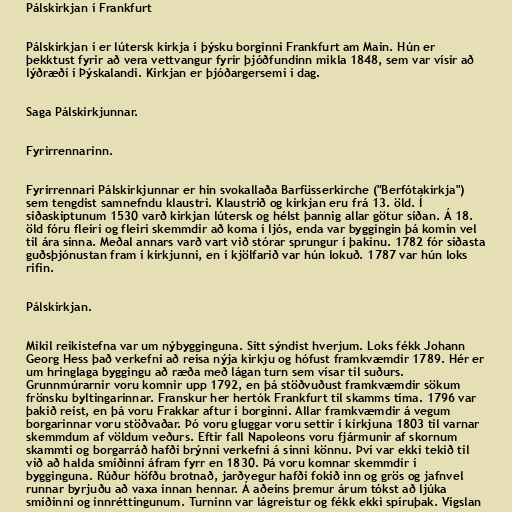
Pálskirkjan í Frankfurt

Pálskirkjan í er lútersk kirkja í þýsku borginni Frankfurt am Main. Hún er
þekktust fyrir að vera vettvangur fyrir þjóðfundinn mikla 1848, sem var vísir að
lýðræði í Þýskalandi. Kirkjan er þjóðargersemi í dag.

Saga Pálskirkjunnar.

Fyrirrennarinn.

Fyrirrennari Pálskirkjunnar er hin svokallaða Barfüsserkirche ("Berfótakirkja")
sem tengdist samnefndu klaustri. Klaustrið og kirkjan eru frá 13. öld. Í
siðaskiptunum 1530 varð kirkjan lútersk og hélst þannig allar götur síðan. Á 18.
öld fóru fleiri og fleiri skemmdir að koma í ljós, enda var byggingin þá komin vel
til ára sinna. Meðal annars varð vart við stórar sprungur í þakinu. 1782 fór síðasta
guðsþjónustan fram í kirkjunni, en í kjölfarið var hún lokuð. 1787 var hún loks
rifin.

Pálskirkjan.

Mikil reikistefna var um nýbygginguna. Sitt sýndist hverjum. Loks fékk Johann
Georg Hess það verkefni að reisa nýja kirkju og hófust framkvæmdir 1789. Hér er
um hringlaga byggingu að ræða með lágan turn sem vísar til suðurs.
Grunnmúrarnir voru komnir upp 1792, en þá stöðvuðust framkvæmdir sökum
frönsku byltingarinnar. Franskur her hertók Frankfurt til skamms tíma. 1796 var
þakið reist, en þá voru Frakkar aftur í borginni. Allar framkvæmdir á vegum
borgarinnar voru stöðvaðar. Þó voru gluggar voru settir í kirkjuna 1803 til varnar
skemmdum af völdum veðurs. Eftir fall Napoleons voru fjármunir af skornum
skammti og borgarráð hafði brýnni verkefni á sinni könnu. Því var ekki tekið til
við að halda smíðinni áfram fyrr en 1830. Þá voru komnar skemmdir í
bygginguna. Rúður höfðu brotnað, jarðvegur hafði fokið inn og grös og jafnvel
runnar byrjuðu að vaxa innan hennar. Á aðeins þremur árum tókst að ljúka
smíðinni og innréttingunum. Turninn var lágreistur og fékk ekki spíruþak. Vígslan